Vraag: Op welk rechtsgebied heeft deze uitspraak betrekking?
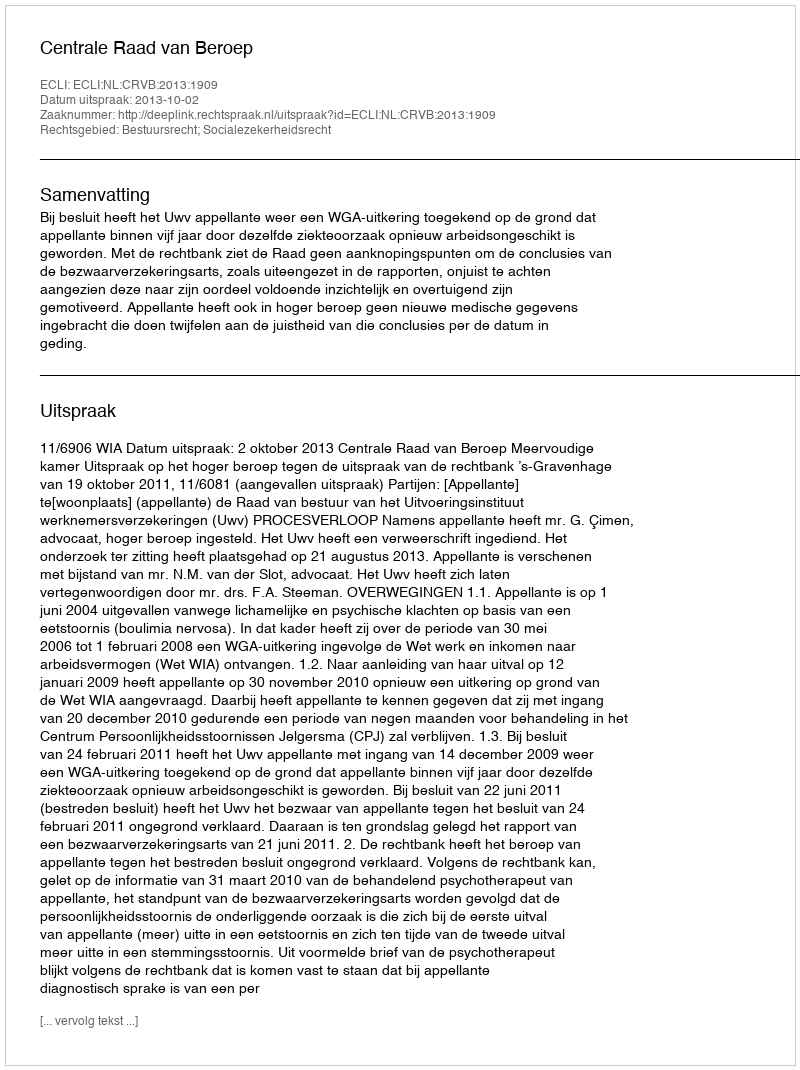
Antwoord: Bestuursrecht; Socialezekerheidsrecht